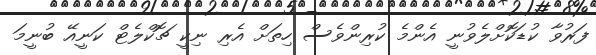
ފަރުވާ ކުޑަކޮށްލެވުނީ އެންމެ ކުރިންވެސް ހިތަށް އެރި ނިކީ ޗޮކްލެޓް ކަނީއޭ ބުނީމަ